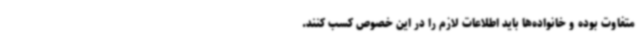
متفاوت بوده و خانواده‌ها باید اطلاعات لازم را در این خصوص کسب کنند.